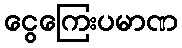
ငွေကြေးပမာဏ